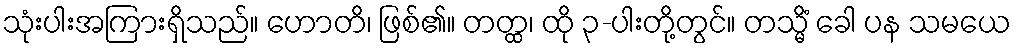
သုံးပါးအကြားရှိသည်။ ဟောတိ၊ ဖြစ်၏။ တတ္ထ၊ ထို ၃-ပါးတို့တွင်။ တသ္မိံ ခေါ ပန သမယေ